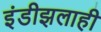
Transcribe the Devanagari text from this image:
इंडीझलाही